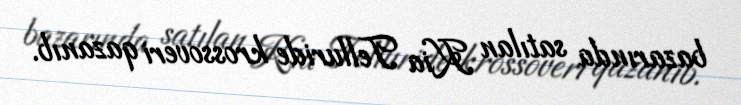
bazarında satılan Kia Telluride krossoveri qazanıb.